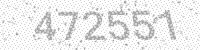
Solution: 472551